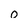
Character: 0